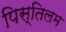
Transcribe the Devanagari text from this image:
पिस्तिलम